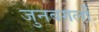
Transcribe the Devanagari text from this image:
जुनबगलों